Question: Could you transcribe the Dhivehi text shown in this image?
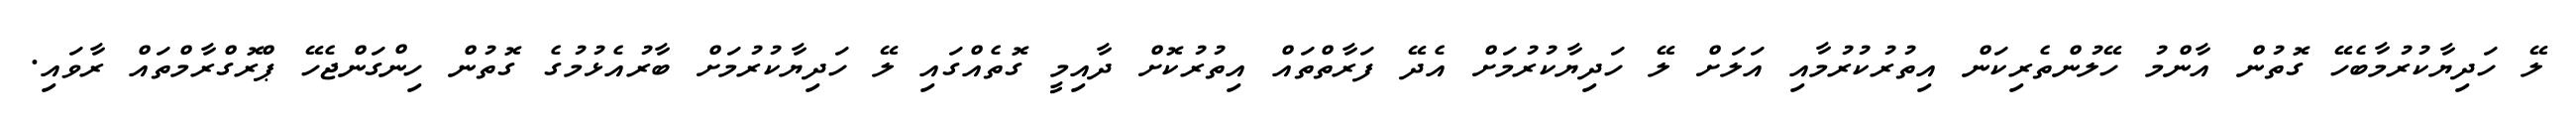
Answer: ލޭ ހަދިޔާކުރުމާބެހޭ ގޮތުން އާންމު ހޭލުންތެރިކަން އިތުރުކުރުމާއި އަލަށް ލޭ ހަދިޔާކުރުމަށް އެދޭ ފަރާތްތައް އިތުރުކޮށް ދާއިމީ ގޮތެއްގައި ލޭ ހަދިޔާކުރުމަށް ބާރުއެޅުމުގެ ގޮތުން ހިންގަންޖެހޭ ޕްރޮގްރާމްތައް ރާވައި.